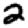
Digit: 2